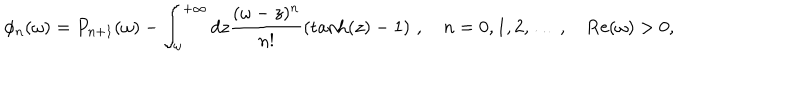
\phi _ { n } ( \omega ) = P _ { n + 1 } ( \omega ) - \int _ { \omega } ^ { + \infty } d z \frac { ( \omega - z ) ^ { n } } { n ! } \left( \tanh ( z ) - 1 \right) \, , \quad n = 0 , 1 , 2 , \dots \, , \quad \mathrm { R e } ( \omega ) > 0 ,